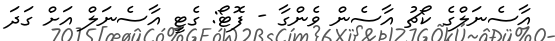
އާސެނަލްގެ ކޯޗު އާސެން ވެންގާ - ފޮޓޯ: ގެޓީ އާސެނަލް އަށް ގަދަ